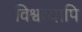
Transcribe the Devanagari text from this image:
विश्वव्यापि